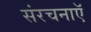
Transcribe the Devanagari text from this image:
संरचनाऍ